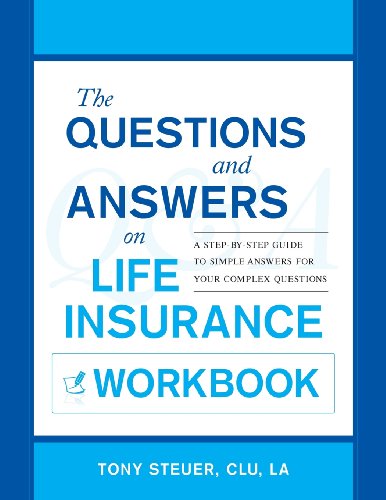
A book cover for The Questions and Answers on Life Insurance Workbook: A Step-By-Step Guide to Simple Answers for Your Complex Questions; Tony Steuer; Business & Money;